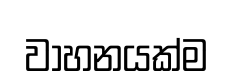
වාහනයක්ම